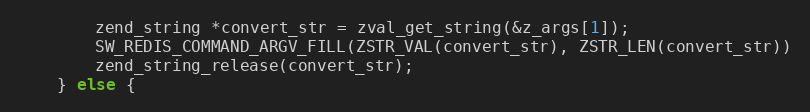
Language: C++
        zend_string *convert_str = zval_get_string(&z_args[1]);
        SW_REDIS_COMMAND_ARGV_FILL(ZSTR_VAL(convert_str), ZSTR_LEN(convert_str))
        zend_string_release(convert_str);
    } else {